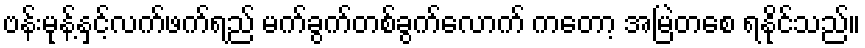
ဗန်းမုန့်နှင့်လက်ဖက်ရည် မက်ခွက်တစ်ခွက်လောက် ကတော့ အမြဲတစေ ရနိုင်သည်။